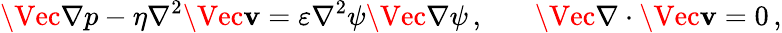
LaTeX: \Vec{\nabla}p-\eta\nabla^{2}\Vec{\mathbf{v}}=\varepsilon\nabla^{2}\psi\Vec{\nabla}\psi\, ,\ \ \ \ \ \ \ \Vec{\nabla}\cdot\Vec{\mathbf{v}}=0\, ,